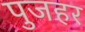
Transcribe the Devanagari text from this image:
पुजहर